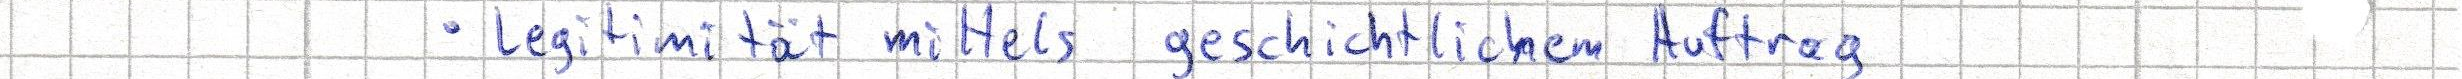
Legitimität mittels geschichtlichem Auftrag